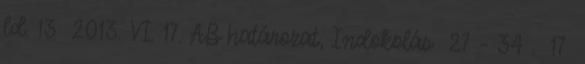
ld. 13 2013. VI. 17. AB határozat, Indokolás 27 – 34 . 17